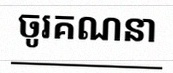
ចូរគណនា